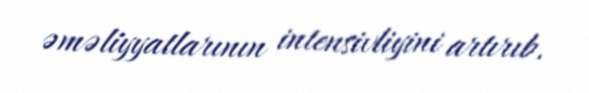
əməliyyatlarının intensivliyini artırıb.